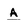
Character: a